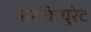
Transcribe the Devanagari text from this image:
बारबिच्युरेट